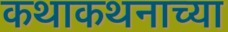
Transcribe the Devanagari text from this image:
कथाकथनाच्या